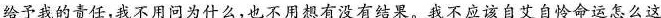
给予我的责任，我不用问为什么，也不用想有没有结果。我不应该自艾自怜命运怎么这